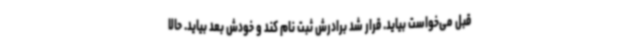
قبل می‌خواست بیاید. قرار شد برادرش ثبت نام کند و خودش بعد بیاید. حالا